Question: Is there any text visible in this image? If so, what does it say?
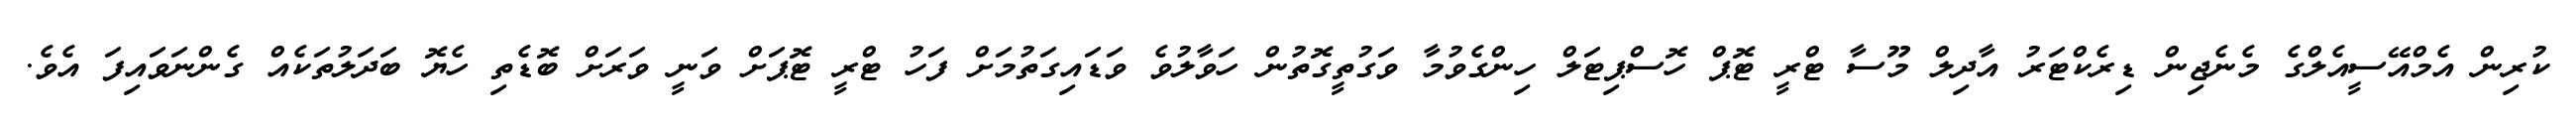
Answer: ކުރިން އެމްއޭސީއެލްގެ މެނެޖިން ޑިރެކްޓަރު އާދިލް މޫސާ ޓްރީ ޓޮޕް ހޮސްޕިޓަލް ހިންގެވުމާ ވަގުތީގޮތުން ހަވާލުވެ ވަޑައިގަތުމަށް ފަހު ޓްރީ ޓޮޕަށް ވަނީ ވަރަށް ބޮޑެތި ހެޔޮ ބަދަލުތަކެއް ގެންނަވައިފަ އެވެ.